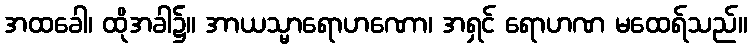
အထခေါ၊ ထိုအခါ၌။ အာယသ္မာရောဟဏော၊ အရှင် ရောဟဏ မထေရ်သည်။